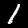
Digit: 1